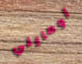
أومايلي